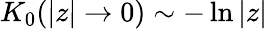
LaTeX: K_{0}(|z|\rightarrow 0)\sim-\ln|z|